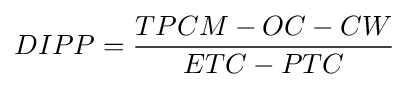
{\begin{aligned}DIPP={TPCM-OC-CW \over ETC-PTC}\end{aligned}}